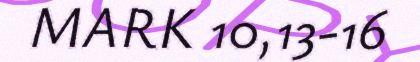
MARK 10,13-16